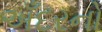
અઁદરનો